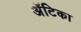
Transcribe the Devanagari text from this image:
अॅटिका